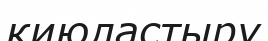
киюластыру